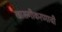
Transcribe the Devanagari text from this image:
खासगीकरणाची